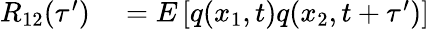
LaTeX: \begin{array}{rl}{R_{12}(\tau^{\prime})}&{{}=E\left[q(x_{1},t)q(x_{2},t+\tau^{\prime})\right]}\end{array}